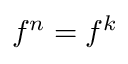
f ^ { n } = f ^ { k }